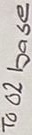
Text: To O2 base